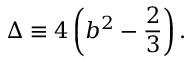
\Delta \equiv 4 \left( b ^ { 2 } - \frac { 2 } { 3 } \right) .